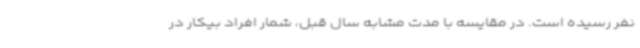
نفر رسیده است. در مقایسه با مدت مشابه سال قبل، شمار افراد بیکار در